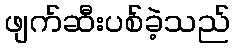
ဖျက်ဆီးပစ်ခဲ့သည်